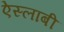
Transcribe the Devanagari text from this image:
ऐस्लाबी